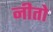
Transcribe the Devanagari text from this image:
नीतो